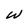
Character: w